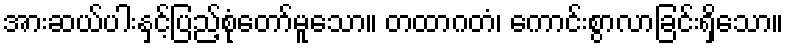
အားဆယ်ပါးနှင့်ပြည့်စုံတော်မူသော။ တထာဂတံ၊ ကောင်းစွာလာခြင်းရှိသော။